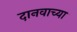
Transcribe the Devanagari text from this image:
दानवाच्या